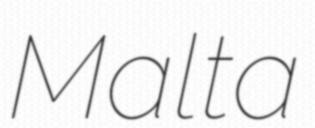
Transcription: Malta